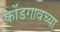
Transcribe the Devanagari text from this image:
कोंडगावच्या